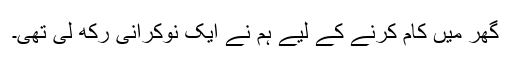
گھر میں کام کرنے کے لیے ہم نے ایک نوکرانی رکھ لی تھی۔